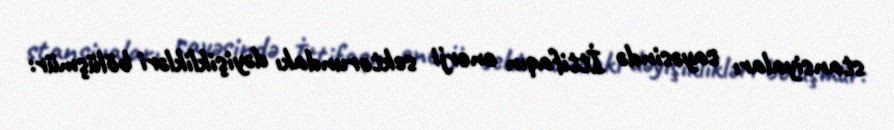
stansiyaları sayəsində İttifaqın enerji sektorundakı dəyişiklikləri bölüşmür: